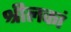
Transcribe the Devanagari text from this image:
श्रीलकां